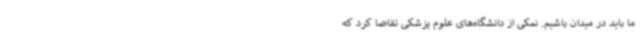
ما باید در میدان باشیم. نمکی از دانشگاه‌های علوم پزشکی تقاضا کرد که